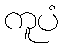
ကူပံ